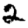
Digit: 2